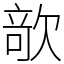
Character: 𣣱